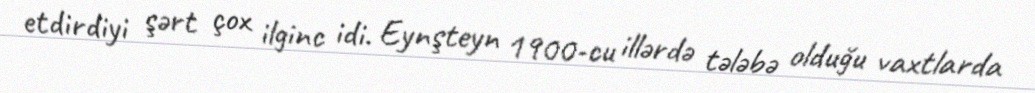
etdirdiyi şərt çox ilginc idi. Eynşteyn 1900-cu illərdə tələbə olduğu vaxtlarda